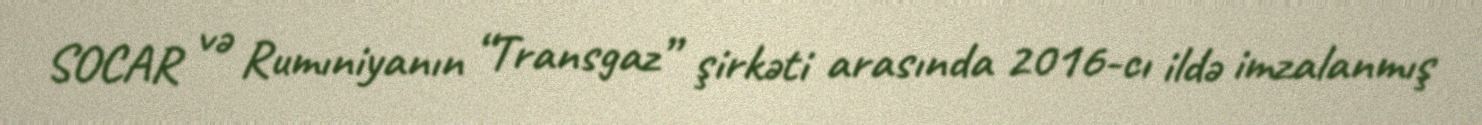
SOCAR və Rumıniyanın “Transgaz” şirkəti arasında 2016-cı ildə imzalanmış